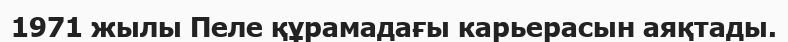
1971 жылы Пеле құрамадағы карьерасын аяқтады.